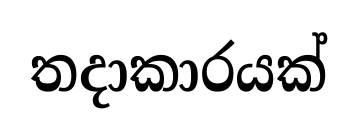
තදාකාරයක්